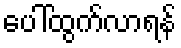
ပေါ်ထွက်လာရန်